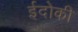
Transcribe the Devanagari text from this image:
ईदोकी